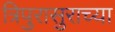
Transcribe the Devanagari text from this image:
त्रिपुरासुराच्या